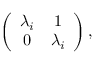
\left( \begin{array} { c c } { { \lambda _ { i } } } & { { 1 } } \\ { { 0 } } & { { \lambda _ { i } } } \end{array} \right) ,